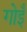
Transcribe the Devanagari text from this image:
गोइँ